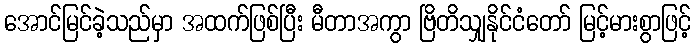
အောင်မြင်ခဲ့သည်မှာ အထက်ဖြစ်ပြီး မီတာအကွာ ဗြိတိသျှနိုင်ငံတော် မြင့်မားစွာဖြင့်